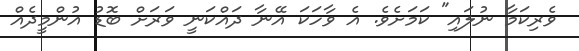
ވެރިކަމާ ނުލައި" ކަމަށެވެ. އެ ވާހަކަ އޭނާ ދައްކަނީ ވަރަށް ބޮޑު އުންމީދެއް